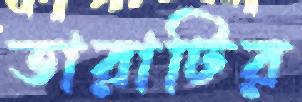
তারাটির